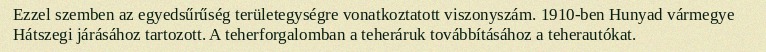
Ezzel szemben az egyedsűrűség területegységre vonatkoztatott viszonyszám. 1910-ben Hunyad vármegye Hátszegi járásához tartozott. A teherforgalomban a teheráruk továbbításához a teherautókat.